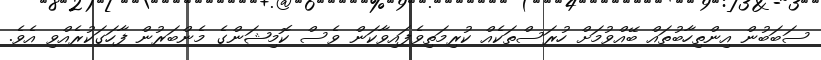
ސަބަބުން އިންތިހާބުތައް ބޭއްވުމަށް ހުރަސްތަކެއް ކުރިމަތިވެފައިވާކަން ވެސް ކޮމިޝަންގެ މެންބަރުން ފާހަގަކުރެއްވި އެވެ.